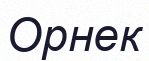
Орнек